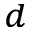
^ d